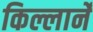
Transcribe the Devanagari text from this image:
किल्लार्ने